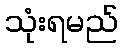
သုံးရမည်